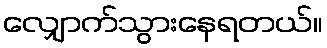
လျှောက်သွားနေရတယ်။